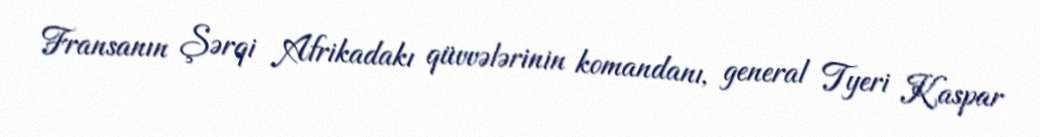
Fransanın Şərqi Afrikadakı qüvvələrinin komandanı, general Tyeri Kaspar